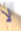
لا